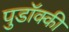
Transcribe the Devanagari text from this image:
पुडॉक्की